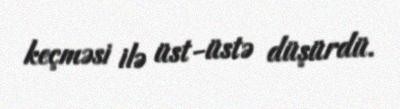
keçməsi ilə üst-üstə düşürdü.